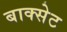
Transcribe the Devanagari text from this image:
बाक्सेट